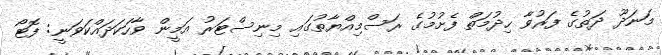
މަނަދޫ ދަތުގެ ފަރުވާ ހިދުމަތް ފެށުމުގެ ރަސްމިއްޔާތުގައި މިނިސްޓަރު އަމީން ވާހަކަދައްކަވަނީ: ފޮޓޯ